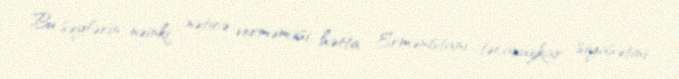
Bu səylərin nəinki nəticə verməməsi, hətta Ermənistanı təcavüzkar siyasətini